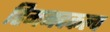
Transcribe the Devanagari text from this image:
हिमनदकल्प